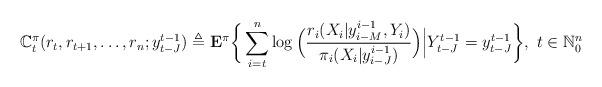
LaTeX: \begin{align*}\mathbb{C}_t^{\pi}(r_t,r_{t+1},\ldots,r_n;y_{t-J}^{t-1})\triangleq{\bf E}^{\pi}\bigg\{\sum_{i=t}^n\log\Big(\frac{r_i(X_i|y_{i-M}^{i-1},Y_i)}{{\pi}_{i}(X_i|y_{i-J}^{i-1})}\Big)\Big{|}Y_{t-J}^{t-1}=y_{t-J}^{t-1}\bigg\},~t\in\mathbb{N}_0^n\end{align*}